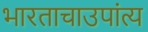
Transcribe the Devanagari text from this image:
भारताचाउपांत्य